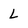
Character: L